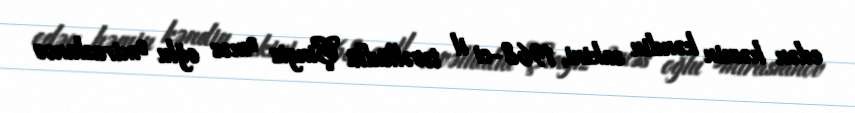
edən həmin kəndin sakini, 1968-ci il təvəllüdlü Çingiz Əməs oğlu Əmiraslanov